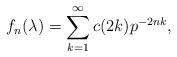
LaTeX: \begin{align*}f_{n}(\lambda)=\sum_{k=1}^{\infty} c(2k)p^{-2nk},\end{align*}